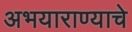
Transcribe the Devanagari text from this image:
अभयाराण्याचे